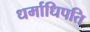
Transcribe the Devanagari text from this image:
धर्माधिपति